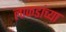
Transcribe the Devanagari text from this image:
लाकडांच्या